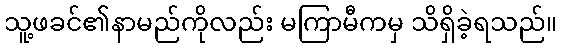
သူ့ဖခင်၏နာမည်ကိုလည်း မကြာမီကမှ သိရှိခဲ့ရသည်။